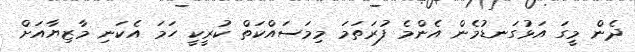
ދެން މީގަ އަޅުގަނޑުމެން އެންމެ ފުރަތަމަ މިމަސައްކަތް ކުރީކީ ހަމަ އެކަނި މާޒިޔާއަށް